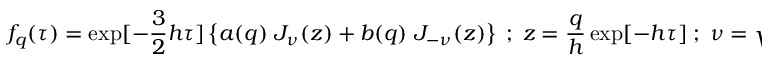
f _ { q } ( \tau ) = \exp [ - \frac { 3 } { 2 } h \tau ] \left\{ a ( q ) \; J _ { \nu } ( z ) + b ( q ) \; J _ { - \nu } ( z ) \right\} \; ; \; z = \frac { q } { h } \exp [ - h \tau ] \; ; \; \nu = \sqrt { \frac { 1 } { h ^ { 2 } } + \frac { 9 } { 4 } } ,